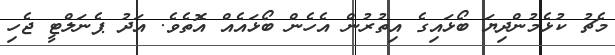
މެޗު ކުޅެމުންދިޔަ ބޯޅައިގެ އިތުރުން އެހެން ބޯޅައެއް އޮތެވެ. އަދު ޕެނަލްޓީ ޖެހި